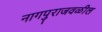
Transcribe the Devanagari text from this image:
नागपुराजवळील